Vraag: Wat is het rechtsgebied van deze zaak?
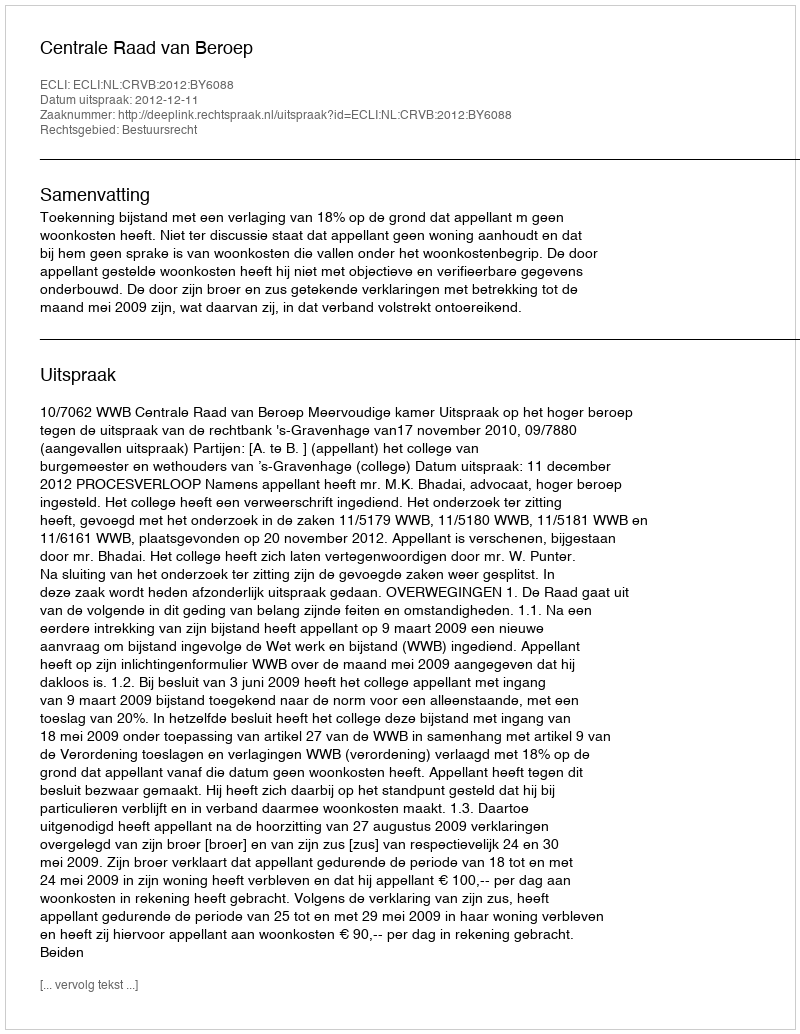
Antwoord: Bestuursrecht